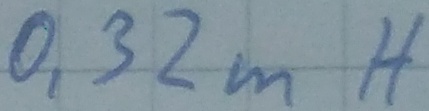
Text: 0,32mH